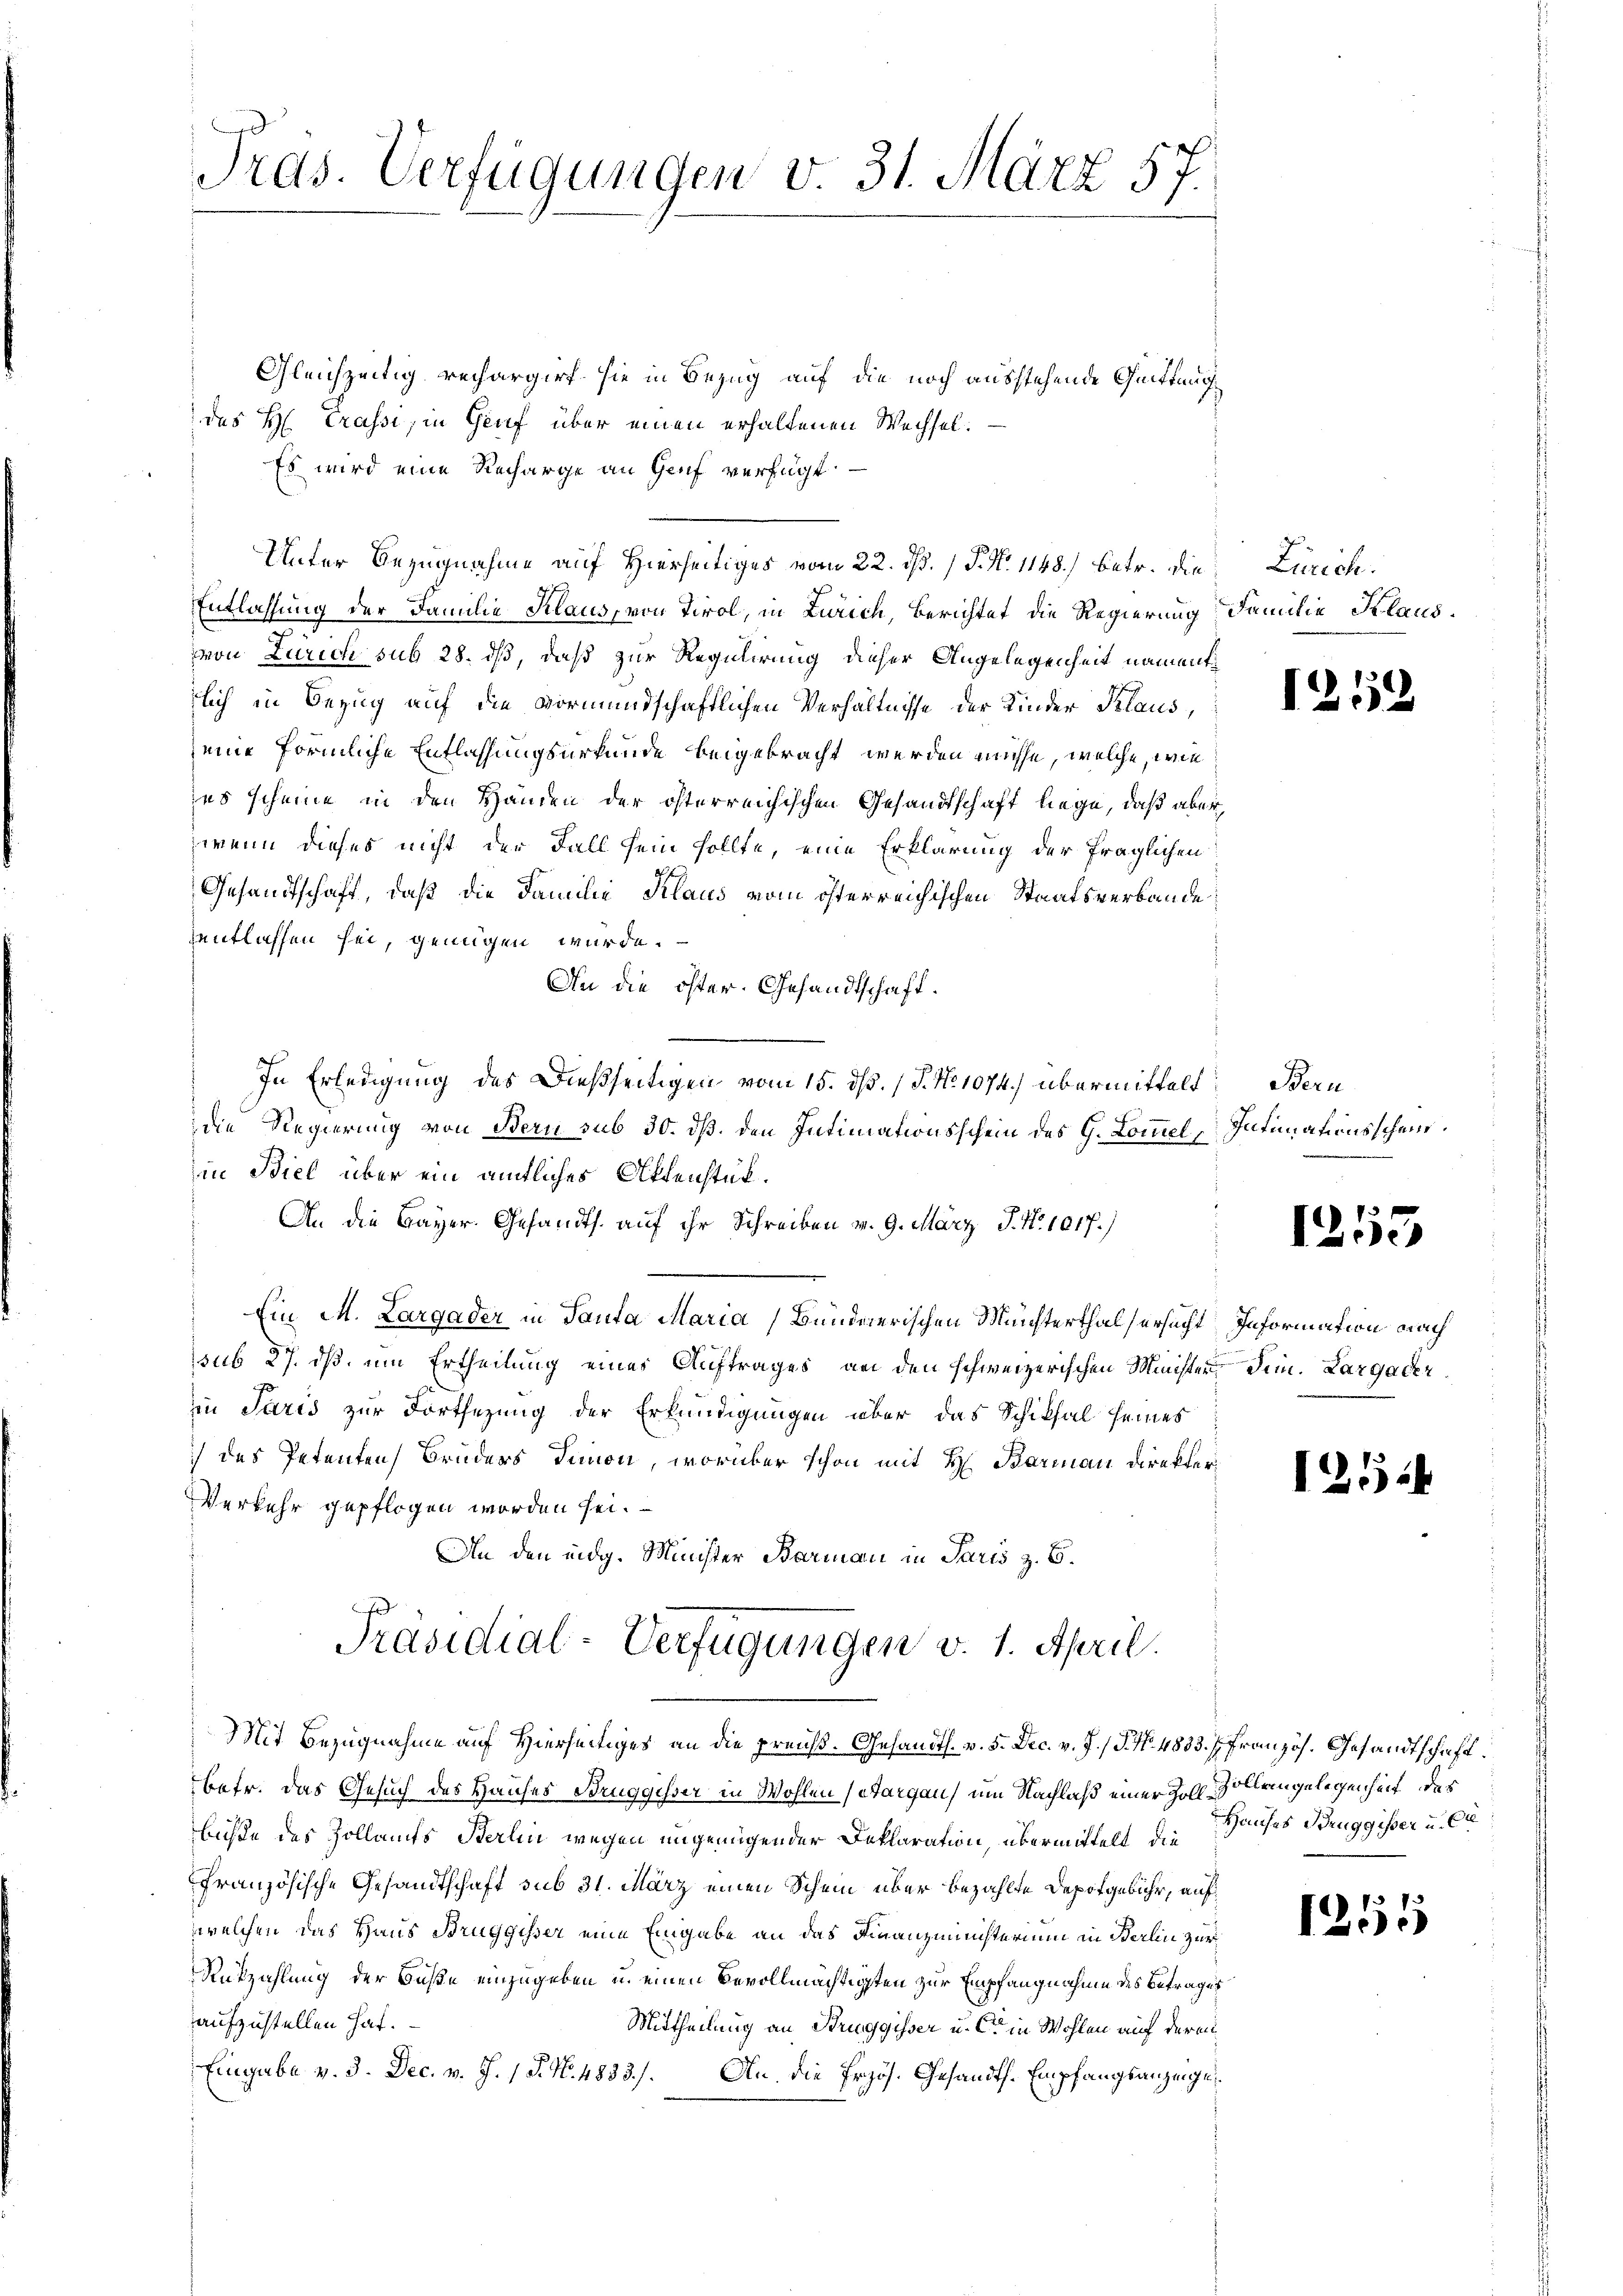
Iras. Verfügungen v. 31. März 57.

Gleichzeitig rechargirt, sie in Bezug auf die noch ausstehende Geitfrag
des H. Trassi, in Genf über einen erhaltenen Wechsel.
Es wird eine Recharge an Genf verfügt
Unter Bezugnahme auf Hierseitiges vom 22. ds. 1 P. N. 1148) betr. die Zürich¬
Entlassung der Familie Klaus, von Tirol, in Zürich, Berichtet die Regierung Familie Klausvon Zürich sub 28. dß, daß zur Regulirung dieser Angelegenheit namentzlich in Bezug auf die vormundschaftlichen Verhältnisse der Kinder Klaus,
eine förmliche Entlassungsurkunde beigebracht werden müsse, welche, wie
zes scheine in den Handen der österreichischen Gesandtschaft liege, daß aber
wenn dieses nicht der Fall sein sollte, eine Erklärung der fraglichen
Gesandtschaft, daß die Familie Klaus vom österreichischen Staatsverbande
hentlassen sei, genügen würde.
An die öster. Gesandtschaft.
In Erledigung des Dießseitigen vom 15. dß. / P. Nr. 1074.) übermittelt
die Regierung von Bern sub 30. dß. den Intimationsschein des G. Commel
in Biel über ein amtliches Aktenstück.
An die Bayer. Gesandts. auf ihr Schreiben v. 9. März, P. Nr. 1017.)
Ein M. Largader in Santa Maria ( Bündnerischen Meichterthal ersucht Information nach
sub 27. dß, um Ertheilung eines Auftrages, an den schweizerischen Minister sein. Largader
e
in Paris zur Fortsezung der Erkundigungen über das Schiksal seines
 des Petenten Bruders Dimon, worüber schon mit H. Barmann Direkter¬
Verkehr gepflogen worden sei.
An den eidg. Minister Barman in Paris z. B.
Präsidial-Verfügungen v. 1. April.
Mit Bezugnahme auf Hierseitiges an die preuß. Gesandts. v. 5. Dec. v. J. P. Nr. 4833. Französ. Gesandtschaft.
betr. das Gesuch des Hauses Bruggisser in Wohlen solargau) um Nachlaß einer Zoll Vollengelegenheit des
lüchte des Zollaufs Berlin wegen ungenügender Deklaration, übermittelt, die
Französische Gesandtschaft sub 31. März einen Schein über bezahlte Depotgebühr, auf
welchen das Haus Bruggisser eine Eingabe an das Finanzministerium in Berlin zur
Rükzahlung der Buße einzugeben u. einen Bevollmächtigten zur Empfangnahme des Betrages
aufzustellen hat.
Mittheilung an Struggisser u. Cet in Wohlen auf der ei¬
Eingabe v. 3. Dec. v. J. 1 S. N. 4833). An die Przös. Gesandt. Empfangsanzeige

1212

Beru
Intimationsschein.

12

1553

125

Hauses Bruggisser u. Ca

3
12